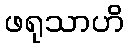
ဖရုသာဟိ